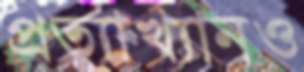
প্রত্যাখ্যানও